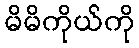
မိမိကိုယ်ကို